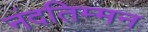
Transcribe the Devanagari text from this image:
नंदतिम्मन